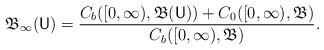
LaTeX: \begin{align*}\mathfrak B_\infty(\mathsf U) = \frac{C_b([0,\infty), \mathfrak B(\mathsf U)) + C_0([0,\infty), \mathfrak B)}{C_b([0,\infty), \mathfrak B)}.\end{align*}